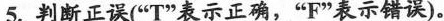
5.判断正误("T"表示正确,"F"表示错误).